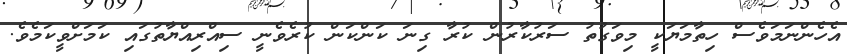
އެހެންނަމަވެސް ހިތާމަޔަކީ މިވަގުތު ސަރުކާރުން ކުރާ ގިނަ ކަންކަން ކުރެވެނީ ސިއްރިއްޔާތުގައި ކަމަށްވީކަމެވެ.